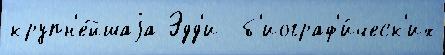
крупн'е́йшаjа Эдд'и  б'иограф'и́ческ'их